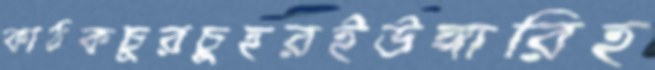
কাঠকচুরচুহরইউঙ্গারিহ